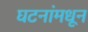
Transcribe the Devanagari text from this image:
घटनांमधून